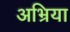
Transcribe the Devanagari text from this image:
अभ्रिया